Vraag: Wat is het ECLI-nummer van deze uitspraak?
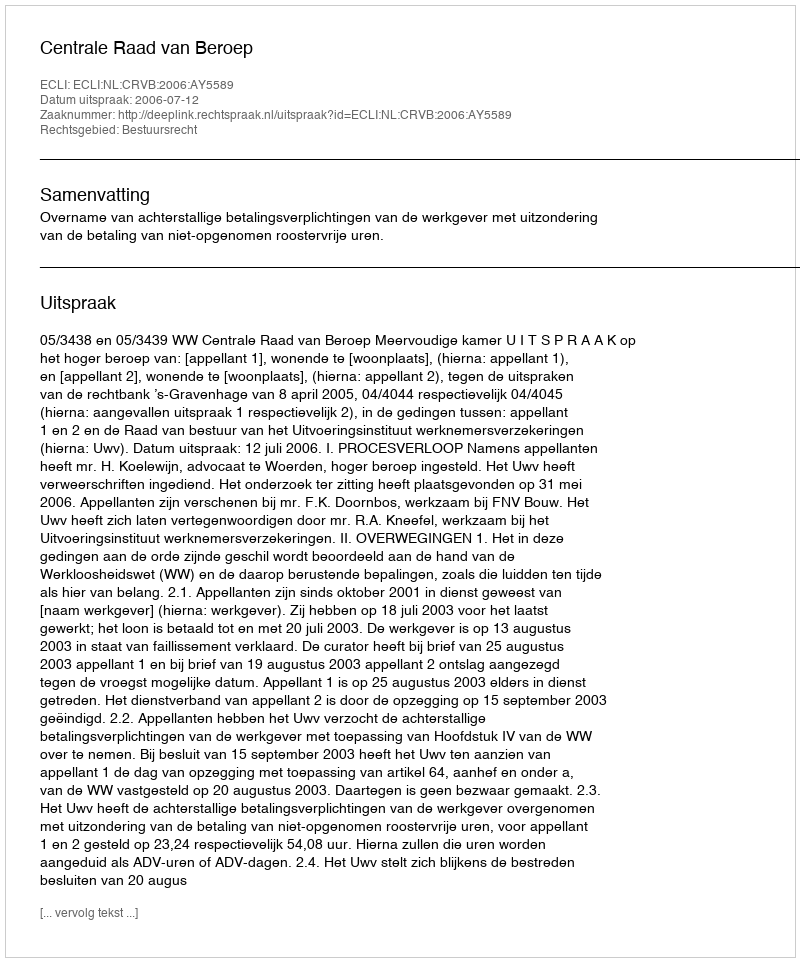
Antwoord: ECLI:NL:CRVB:2006:AY5589